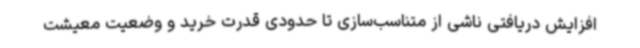
افزایش دریافتی ناشی از متناسب‌سازی تا حدودی قدرت خرید و وضعیت معیشت